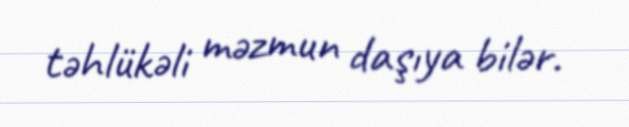
təhlükəli məzmun daşıya bilər.